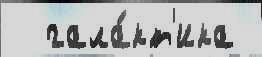
  гала́кт'ика